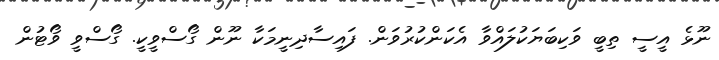
ނޫޅެ އީސީ ތިބީ ވަކިބަޔަކުލައްވާ އެކަންކުރުވަން. ފައިސާދިނީމަކާ ނޫން ގޯސްވީކީ. ގޯސްވީ ވޯޓުން